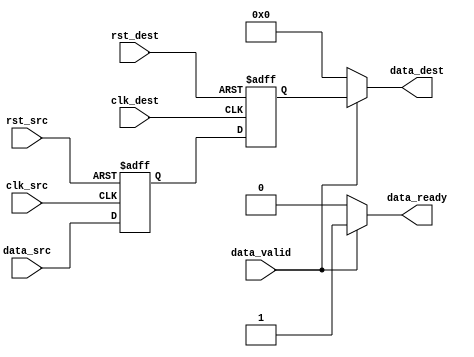
module BurstSynchronizer (
    input wire clk_src,      // Source clock
    input wire rst_src,      // Source reset
    input wire data_valid,   // Data valid signal from source domain
    input wire [7:0] data_src,// Data from source domain
    
    input wire clk_dest,     // Destination clock
    input wire rst_dest,     // Destination reset
    output wire data_ready,  // Data ready signal to destination domain
    output wire [7:0] data_dest // Data to destination domain
);
    
    reg [7:0] data_sync_reg1, data_sync_reg2; // Synchronized data register
    
    always @(posedge clk_src or posedge rst_src) begin
        if (rst_src) begin
            data_sync_reg1 <= 8'd0;
        end else begin
            data_sync_reg1 <= data_src;
        end
    end
    
    always @(posedge clk_dest or posedge rst_dest) begin
        if (rst_dest) begin
            data_sync_reg2 <= 8'd0;
        end else begin
            data_sync_reg2 <= data_sync_reg1;
        end
    end
    
    // Control logic to manage data transfer
    always @(*) begin
        if (data_valid) begin
            data_ready = 1'b1;
            data_dest = data_sync_reg2;
        end else begin
            data_ready = 1'b0;
            data_dest = 8'd0;
        end
    end

endmodule